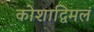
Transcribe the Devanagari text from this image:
कोशाद्विमलं